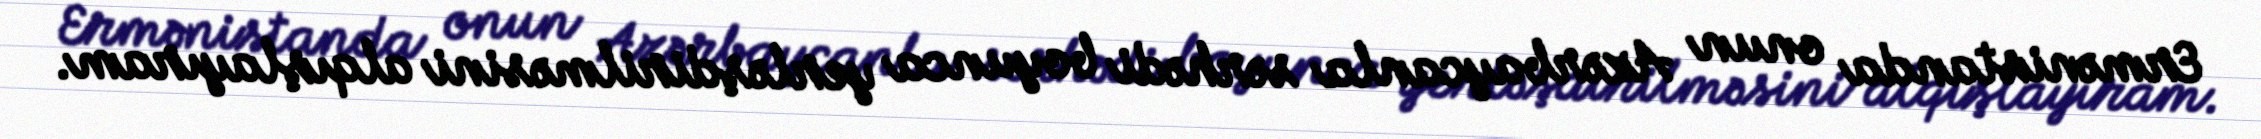
Ermənistanda onun Azərbaycanla sərhədi boyunca yerləşdirilməsini alqışlayıram.